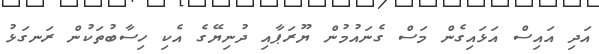
އަދި އައިސް އަޅައިގެން މަސް ގެނައުމުން ޔޫރަޕާއި ދުނިޔޭގެ އެކި ހިސާބުތަކުން ރަނގަޅު